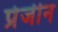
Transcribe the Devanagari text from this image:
प्रेजीन